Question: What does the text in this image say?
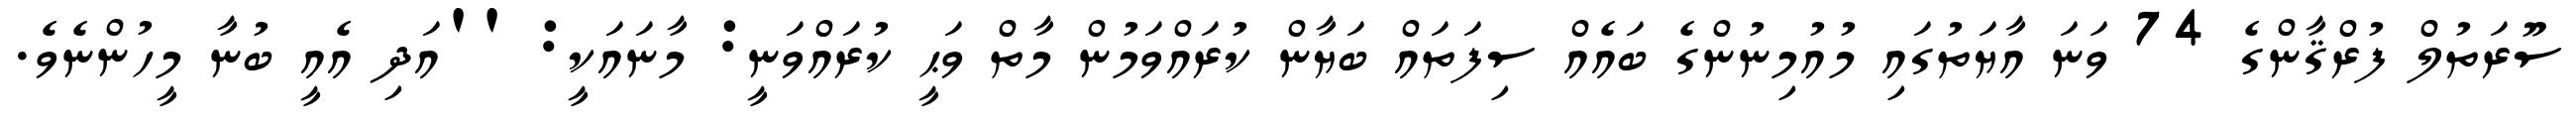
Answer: ސޫރަތުލް ފުރްޤާންގެ 74 ވަނަ އާޔަތުގައި މުއުމިނުންގެ ބައެއް ސިފަތައް ބަޔާން ކުރައްވަމުން މާތް ވަޙީ ކުރައްވަނީ: މާނައަކީ: ''އަދި އެއީ ބުނާ މީހުންނެވެ.